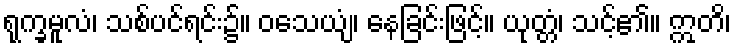
ရုက္ခမူလံ၊ သစ်ပင်ရင်း၌။ ဝသေယျံ၊ နေခြင်းဖြင့်။ ယုတ္တံ၊ သင့်၏။ ဣတိ၊